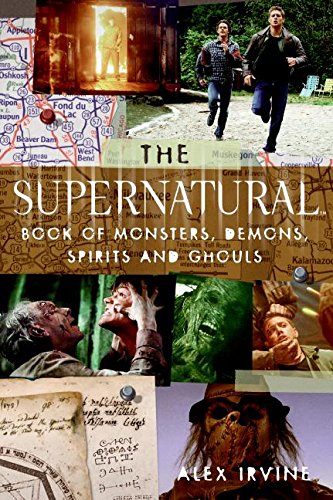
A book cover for The "Supernatural" Book of Monsters, Spirits, Demons, and Ghouls; Alex Irvine; Humor & Entertainment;